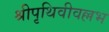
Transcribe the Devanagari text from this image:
श्रीपृथिवीवल्लभ